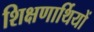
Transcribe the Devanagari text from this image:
शिक्षणार्थियों